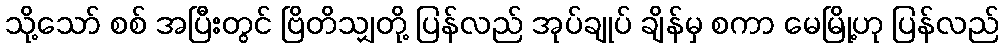
သို့သော် စစ် အပြီးတွင် ဗြိတိသျှတို့ ပြန်လည် အုပ်ချုပ် ချိန်မှ စကာ မေမြို့ဟု ပြန်လည်